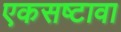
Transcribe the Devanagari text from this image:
एकसष्टावा